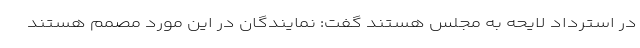
در استرداد لایحه به مجلس هستند گفت: نمایندگان در این مورد مصمم هستند